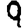
Digit: 9